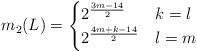
LaTeX: \begin{align*}m_2(L)=\begin{cases}2^\frac{3m-14}{2} & k=l\\2^\frac{4m+k-14}{2} & l=m\end{cases}\end{align*}